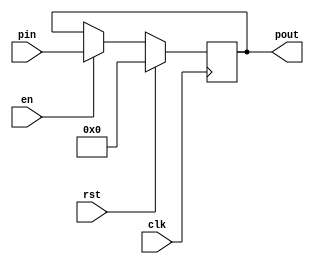
module register (clk,pin,en,rst,pout);
    
    parameter N = 25;
    input clk;
    input en;
    input rst;
    input [N-1:0]pin;
    output reg [N-1:0]pout;

    always @(posedge clk) begin
        if(rst) pout <= 0;
        else if(en) pout <= pin;
    end

endmodule